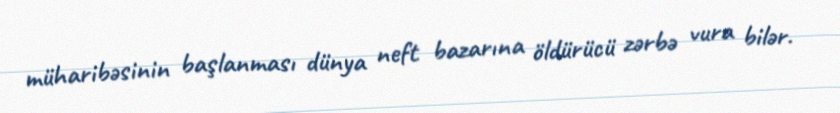
müharibəsinin başlanması dünya neft bazarına öldürücü zərbə vura bilər.